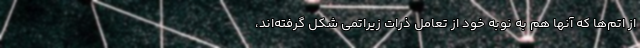
از اتم‌ها که آنها هم به نوبه خود از تعامل ذرات زیراتمی شکل گرفته‌اند،